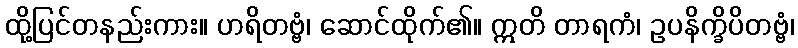
ထို့ပြင်တနည်းကား။ ဟရိတဗ္ဗံ၊ ဆောင်ထိုက်၏။ ဣတိ တာရကံ၊ ဥပနိက္ခိပိတဗ္ဗံ၊